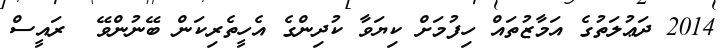
2014 ދަޢުލަތުގެ އަމާޒުތައް ހިފުމަށް ކިޔަވާ ކުދިންގެ އެހީތެރިކަން ބޭނުންވޭ  ރައީސް